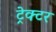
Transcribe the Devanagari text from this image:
ट्रेक्‍टर